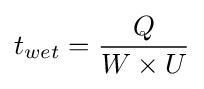
t_{wet}={\frac {Q}{W\times U}}